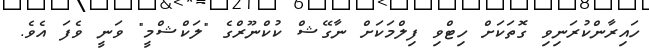
ހައިރާންކުރަނިވި ގޮތަކަށް ހިޓްވި ފިލްމަކަށް ނާގޭޝް ކުކްނޫރްގެ "ލަކްޝްމީ" ވަނީ ވެފަ އެވެ.